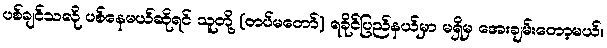
ပစ်ချင်သလို ပစ်နေမယ်ဆိုရင် သူတို့ (တပ်မတော်) ရခိုင်ပြည်နယ်မှာ မရှိမှ အေးချမ်းတော့မယ်။